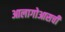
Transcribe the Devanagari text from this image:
आलागोआसची